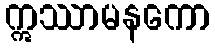
ဣဿာမနကော